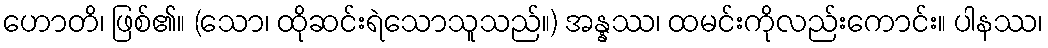
ဟောတိ၊ ဖြစ်၏။ (သော၊ ထိုဆင်းရဲသောသူသည်။) အန္နဿ၊ ထမင်းကိုလည်းကောင်း။ ပါနဿ၊